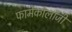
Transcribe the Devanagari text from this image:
फार्मेकोलॉजी